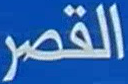
القصر